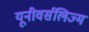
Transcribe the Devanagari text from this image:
यूनीवर्सलिज्म